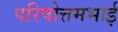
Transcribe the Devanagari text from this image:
परिषोत्तमभाई